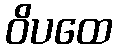
ဝိပထေ